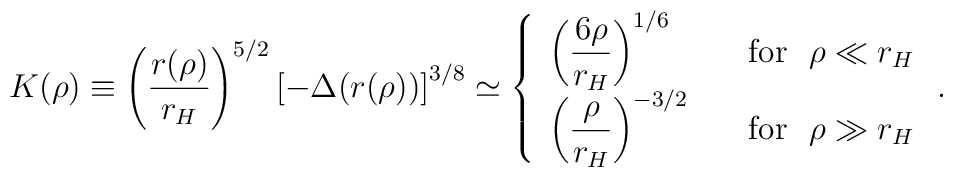
K(\rho)\equiv \left(\frac{r(\rho)}{r_H}\right)^{5/2}              \left[-\Delta(r(\rho)) \right]^{3/8}  \simeq\left\{\begin{array}{ll}                  \left(\displaystyle{\frac{6\rho}{r_H}}\right)^{1/6}                     &~~~{\rm for}~~\rho\ll r_H \\                  \left(\displaystyle{\frac{\rho}{r_H}}\right)^{-3/2}                    &~~~{\rm for}~~\rho\gg r_H               \end{array}\right. .